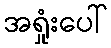
အရှုံးပေါ်